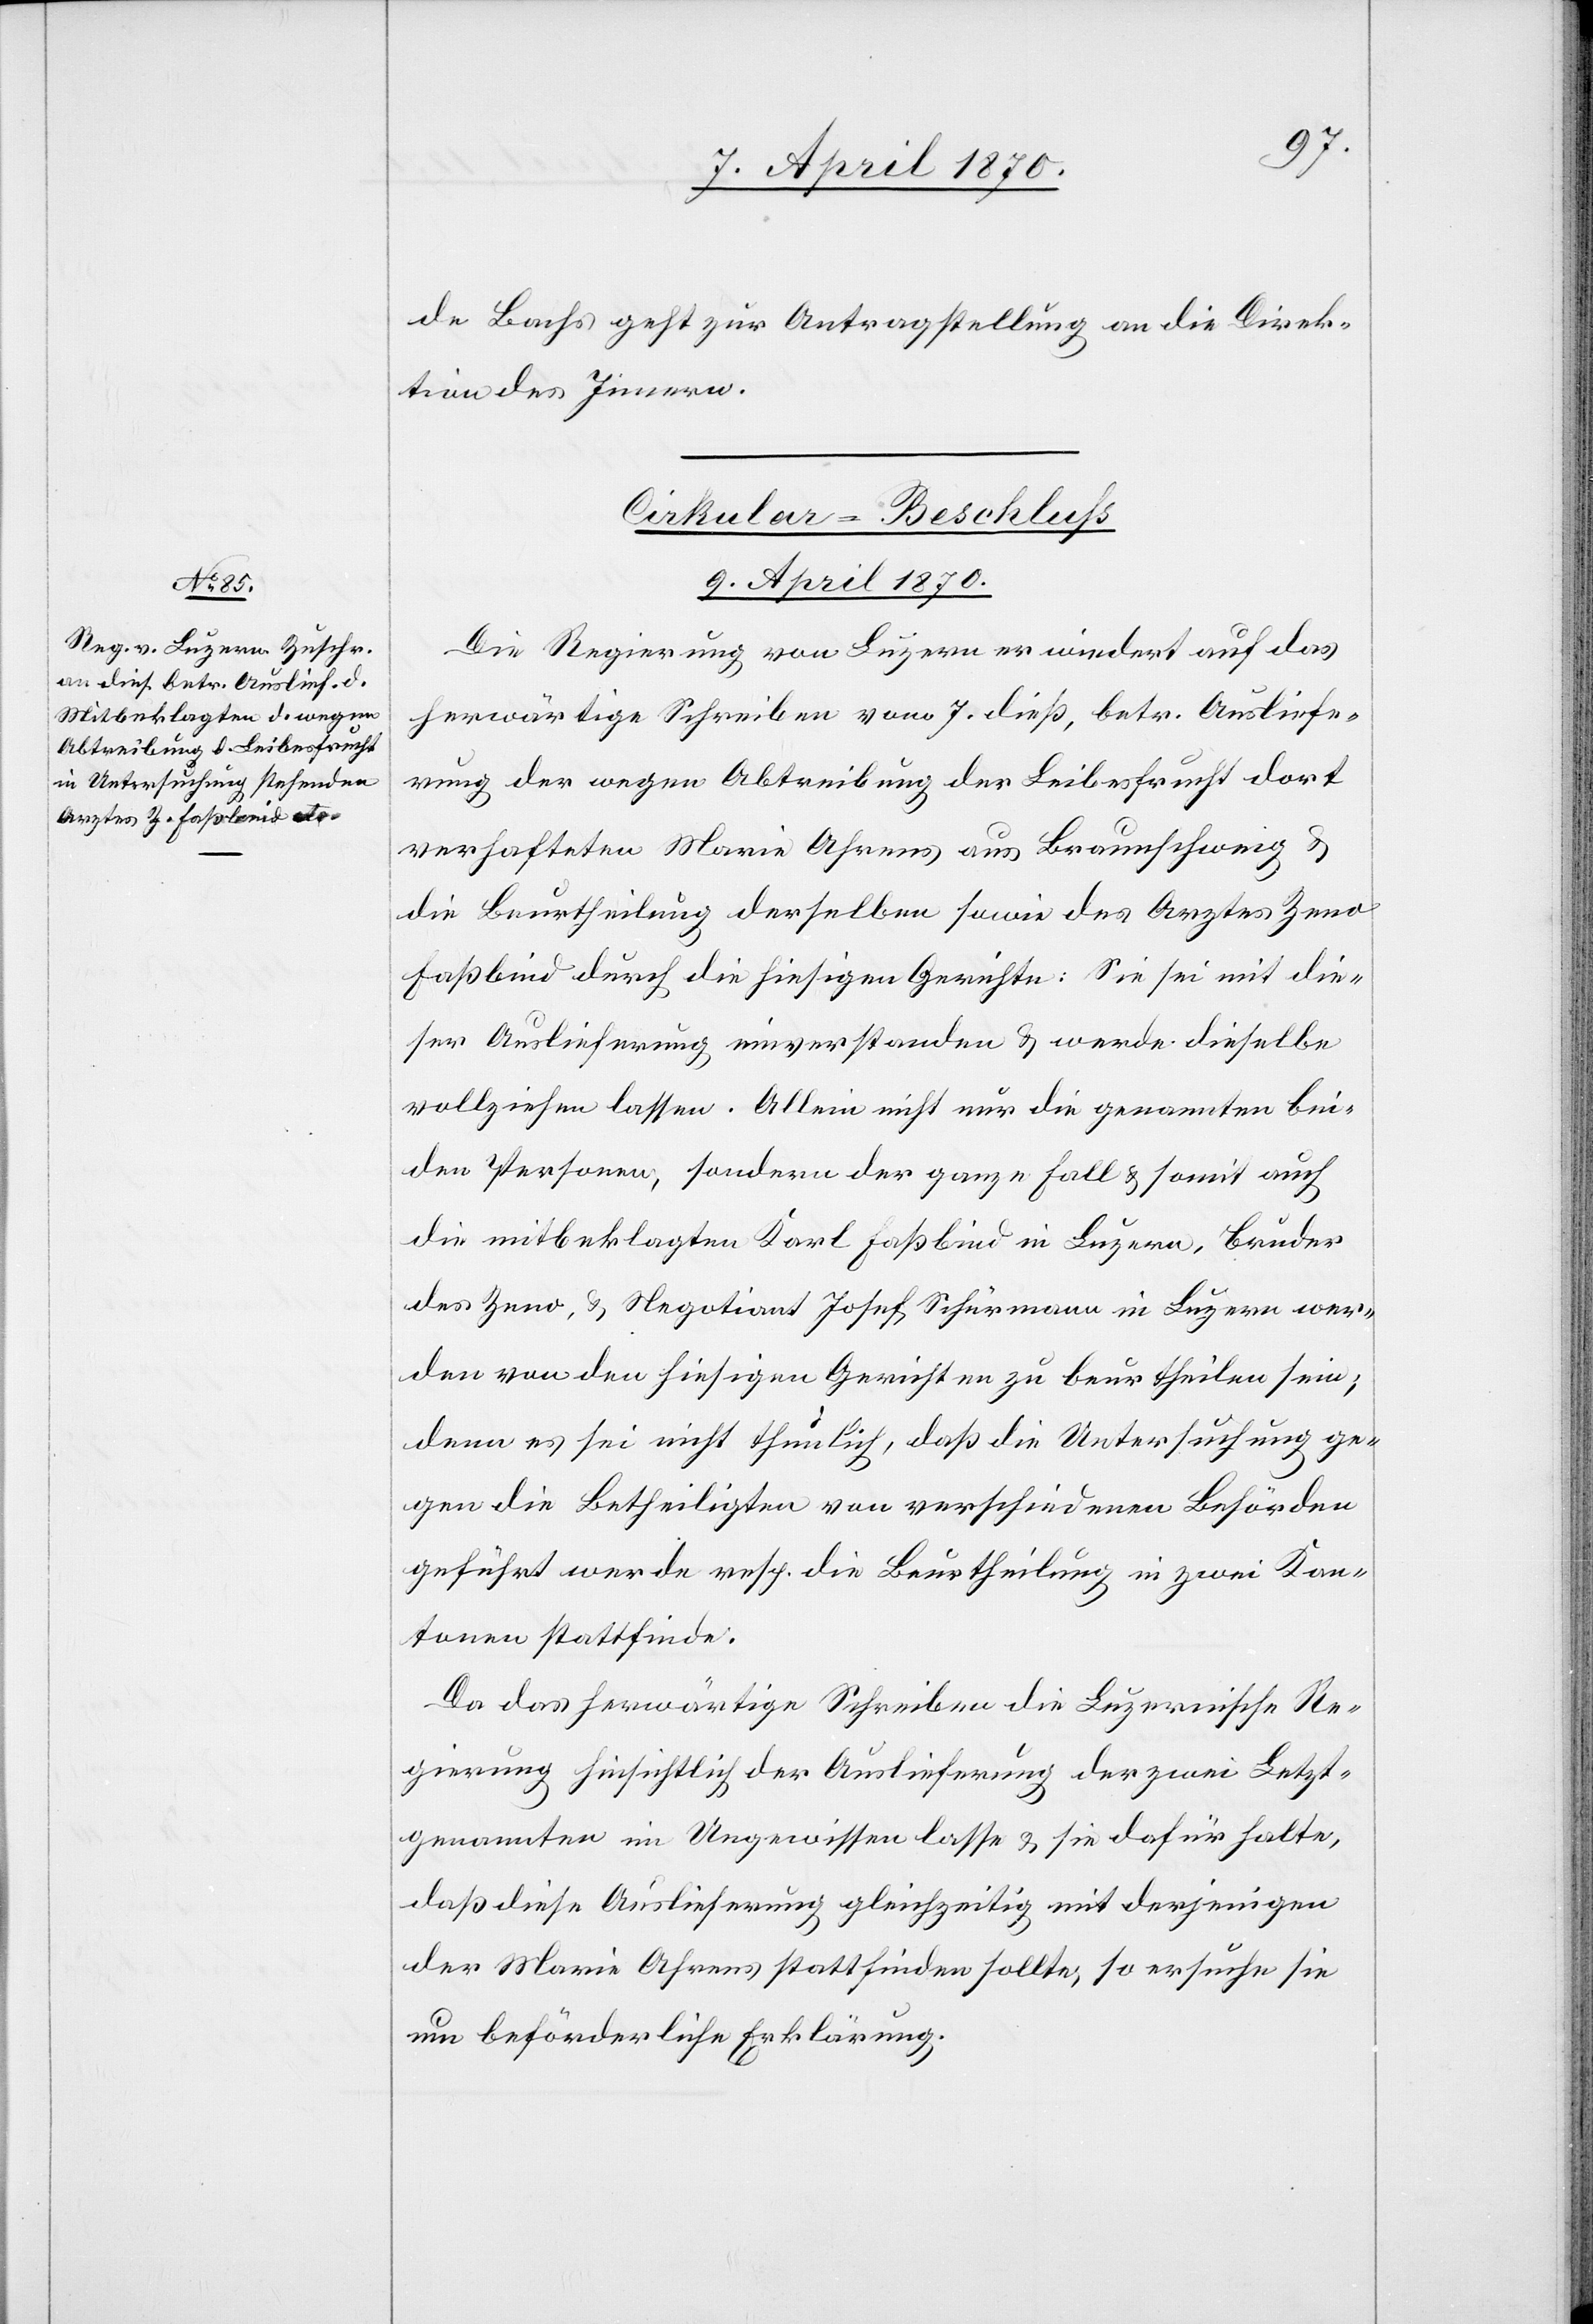
de Bachs geht zur Antragstellung an die Direk¬
tion des Innern.
Cirkular-Beschluß
9. April 1870.
Die Regierung von Luzern erwiedert auf das
herwärtige Schreiben vom 7. dieß, betr. Ausliefe¬
rung der wegen Abtreibung der Leibesfrucht dort
verhafteten Maria Ahrens aus Braunschweig &
die Beurtheilung derselben sowie des Arztes Zeno
Faßbind durch die hiesigen Gerichte: Sie sei mit die¬
ser Auslieferung einverstanden & werde dieselbe
vollziehen lassen. Allein nicht nur die genannten bei¬
den Personen, sondern der ganze Fall & somit auch
die mitbeklagten Karl Faßbind in Luzern, Bruder
des Zeno, & Negotiant Josef Schürmann in Luzern wer¬
den von den hiesigen Gerichten zu beurtheilen sein;
denn es sei nicht thunlich, daß die Untersuchung ge¬
gen die Betheiligten von verschiedenen Behörden
geführt werde[,] resp. die Beurtheilung in zwei Kan¬
tonen stattfinde.
Da das herwärtige Schreiben die Luzernische Re¬
gierung hinsichtlich der Auslieferung der zwei Letzt¬
genannten im Ungewissen lasse & sie dafür halte,
daß diese Auslieferung gleichzeitig mit derjenigen
der Maria Ahrens stattfinden sollte, so ersuche sie
um beförderliche Erklärung.